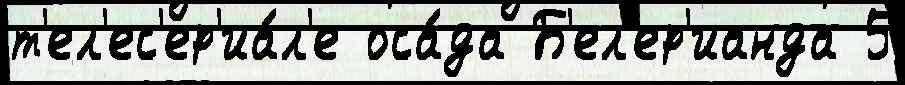
т'ел'ес'ер'иа́л'е оса́да Б'ел'ер'ианда 5